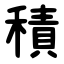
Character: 積